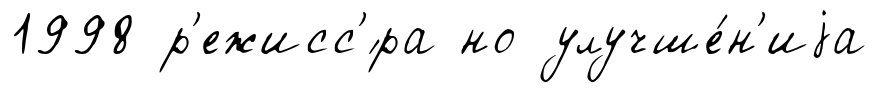
1998 р'ежисс'́ра но улучше́н'иjа